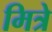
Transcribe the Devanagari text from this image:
मित्रे